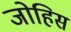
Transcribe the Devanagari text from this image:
जोहिस